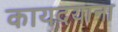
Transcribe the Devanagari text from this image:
कायदयाना